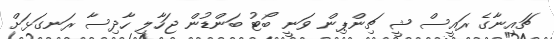
ޗައިނާގެ ރައީސް ޝީ ޗިންޕިން ވަނީ ބޯޓު ބަންޑުން ޖަހާލި ހާދިސާ ރަނގަޅަށް